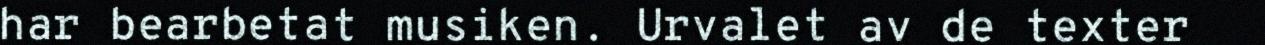
har bearbetat musiken. Urvalet av de texter